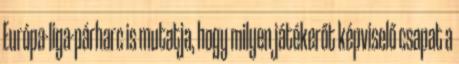
Európa-liga-párharc is mutatja, hogy milyen játékerőt képviselő csapat a